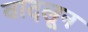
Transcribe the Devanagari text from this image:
वादलून